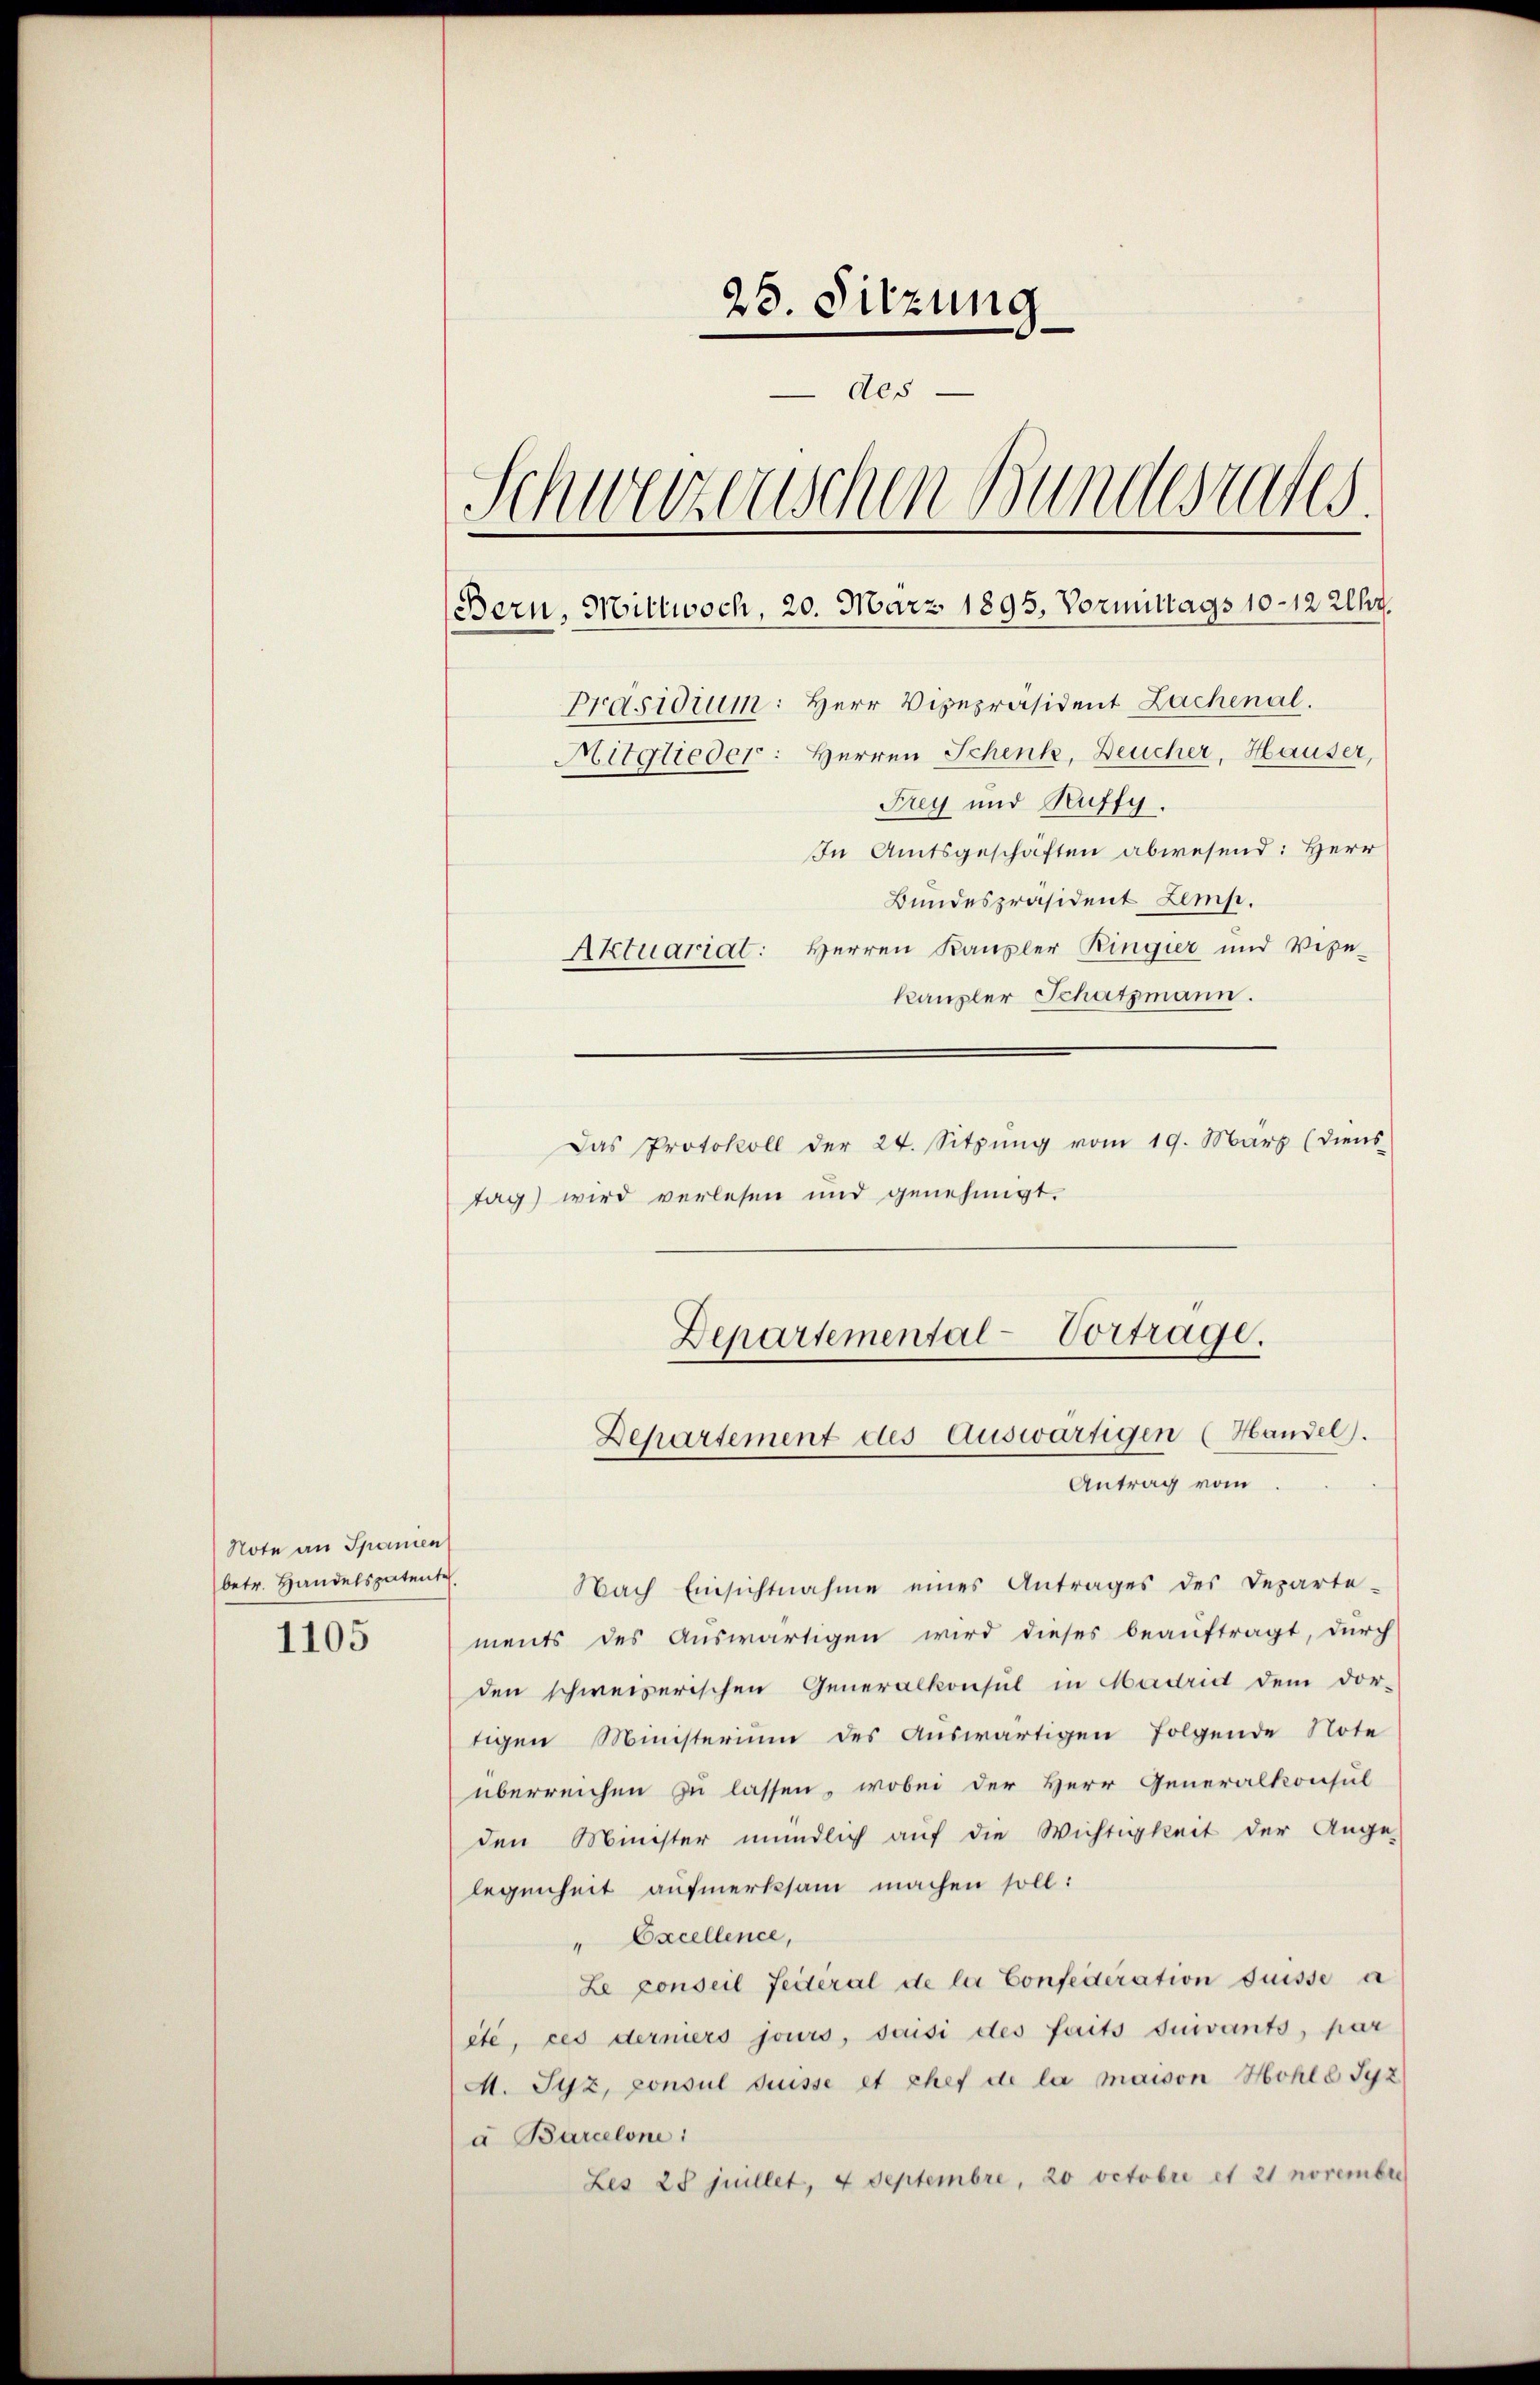
Note an Spanien
betr. Handelspatente

1105

25. Sitzung
des
Schweizerischen Bundesrates.
Präsidium: Herr Vizepräsident Lachenal.
Mitglieder: Herren Schenk, Deucher, Hauser,
Frey und Ruffy.
In Amtsgeschaften abwesend: Herr
Bundespräsident Lemp.
Aktuariat: Herren Kanzler Ringier und Vize-
kanzler Schatzmann.

tag) wird verlesen und genehmigt.

Bern, Mittwoch, 20. März 1895. Vormittags 10-12 Uhr.

Departemental-Vortrage.
Departement des Auswärtigen (Handel).
Antrag vom

Das Protokoll der 24. Sitzŭng vom 19. März (diens

Nach Einsichtnahme eines Antrages des Departe-
ments des Auswärtigen wird dieses beauftragt, durch
den schweizerischen Generalkonsul in Madrid dem dor-
tigen Ministerium des Auswärtigen folgende Note
überreichen zu lassen, wobei der Herr Generalkonsul
den Minister mündlich auf die Wichtigkeit der Ange-
legenheit aufmerksam machen soll:
" Excellence,
Le conseil Seiteral de la Confederation fuisse a
eté, ces derners jours, saisi des faits suivants, par
M. Syz, consul Suisse et chef de la maison Hohle Syz
a Barcelone:
Les 28 juillet, 4 Septembre, 20 Octobre et 21 novembri